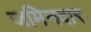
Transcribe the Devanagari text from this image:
जमिनदार